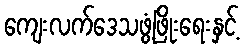
ကျေးလက်ဒေသဖွံ့ဖြိုးရေးနှင့်